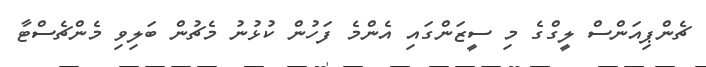
ޗެންޕިއަންސް ލީގްގެ މި ސީޒަންގައި އެންމެ ފަހުން ކުޅުނު މެޗުން ބަލިވި މެންޗެސްޓާ